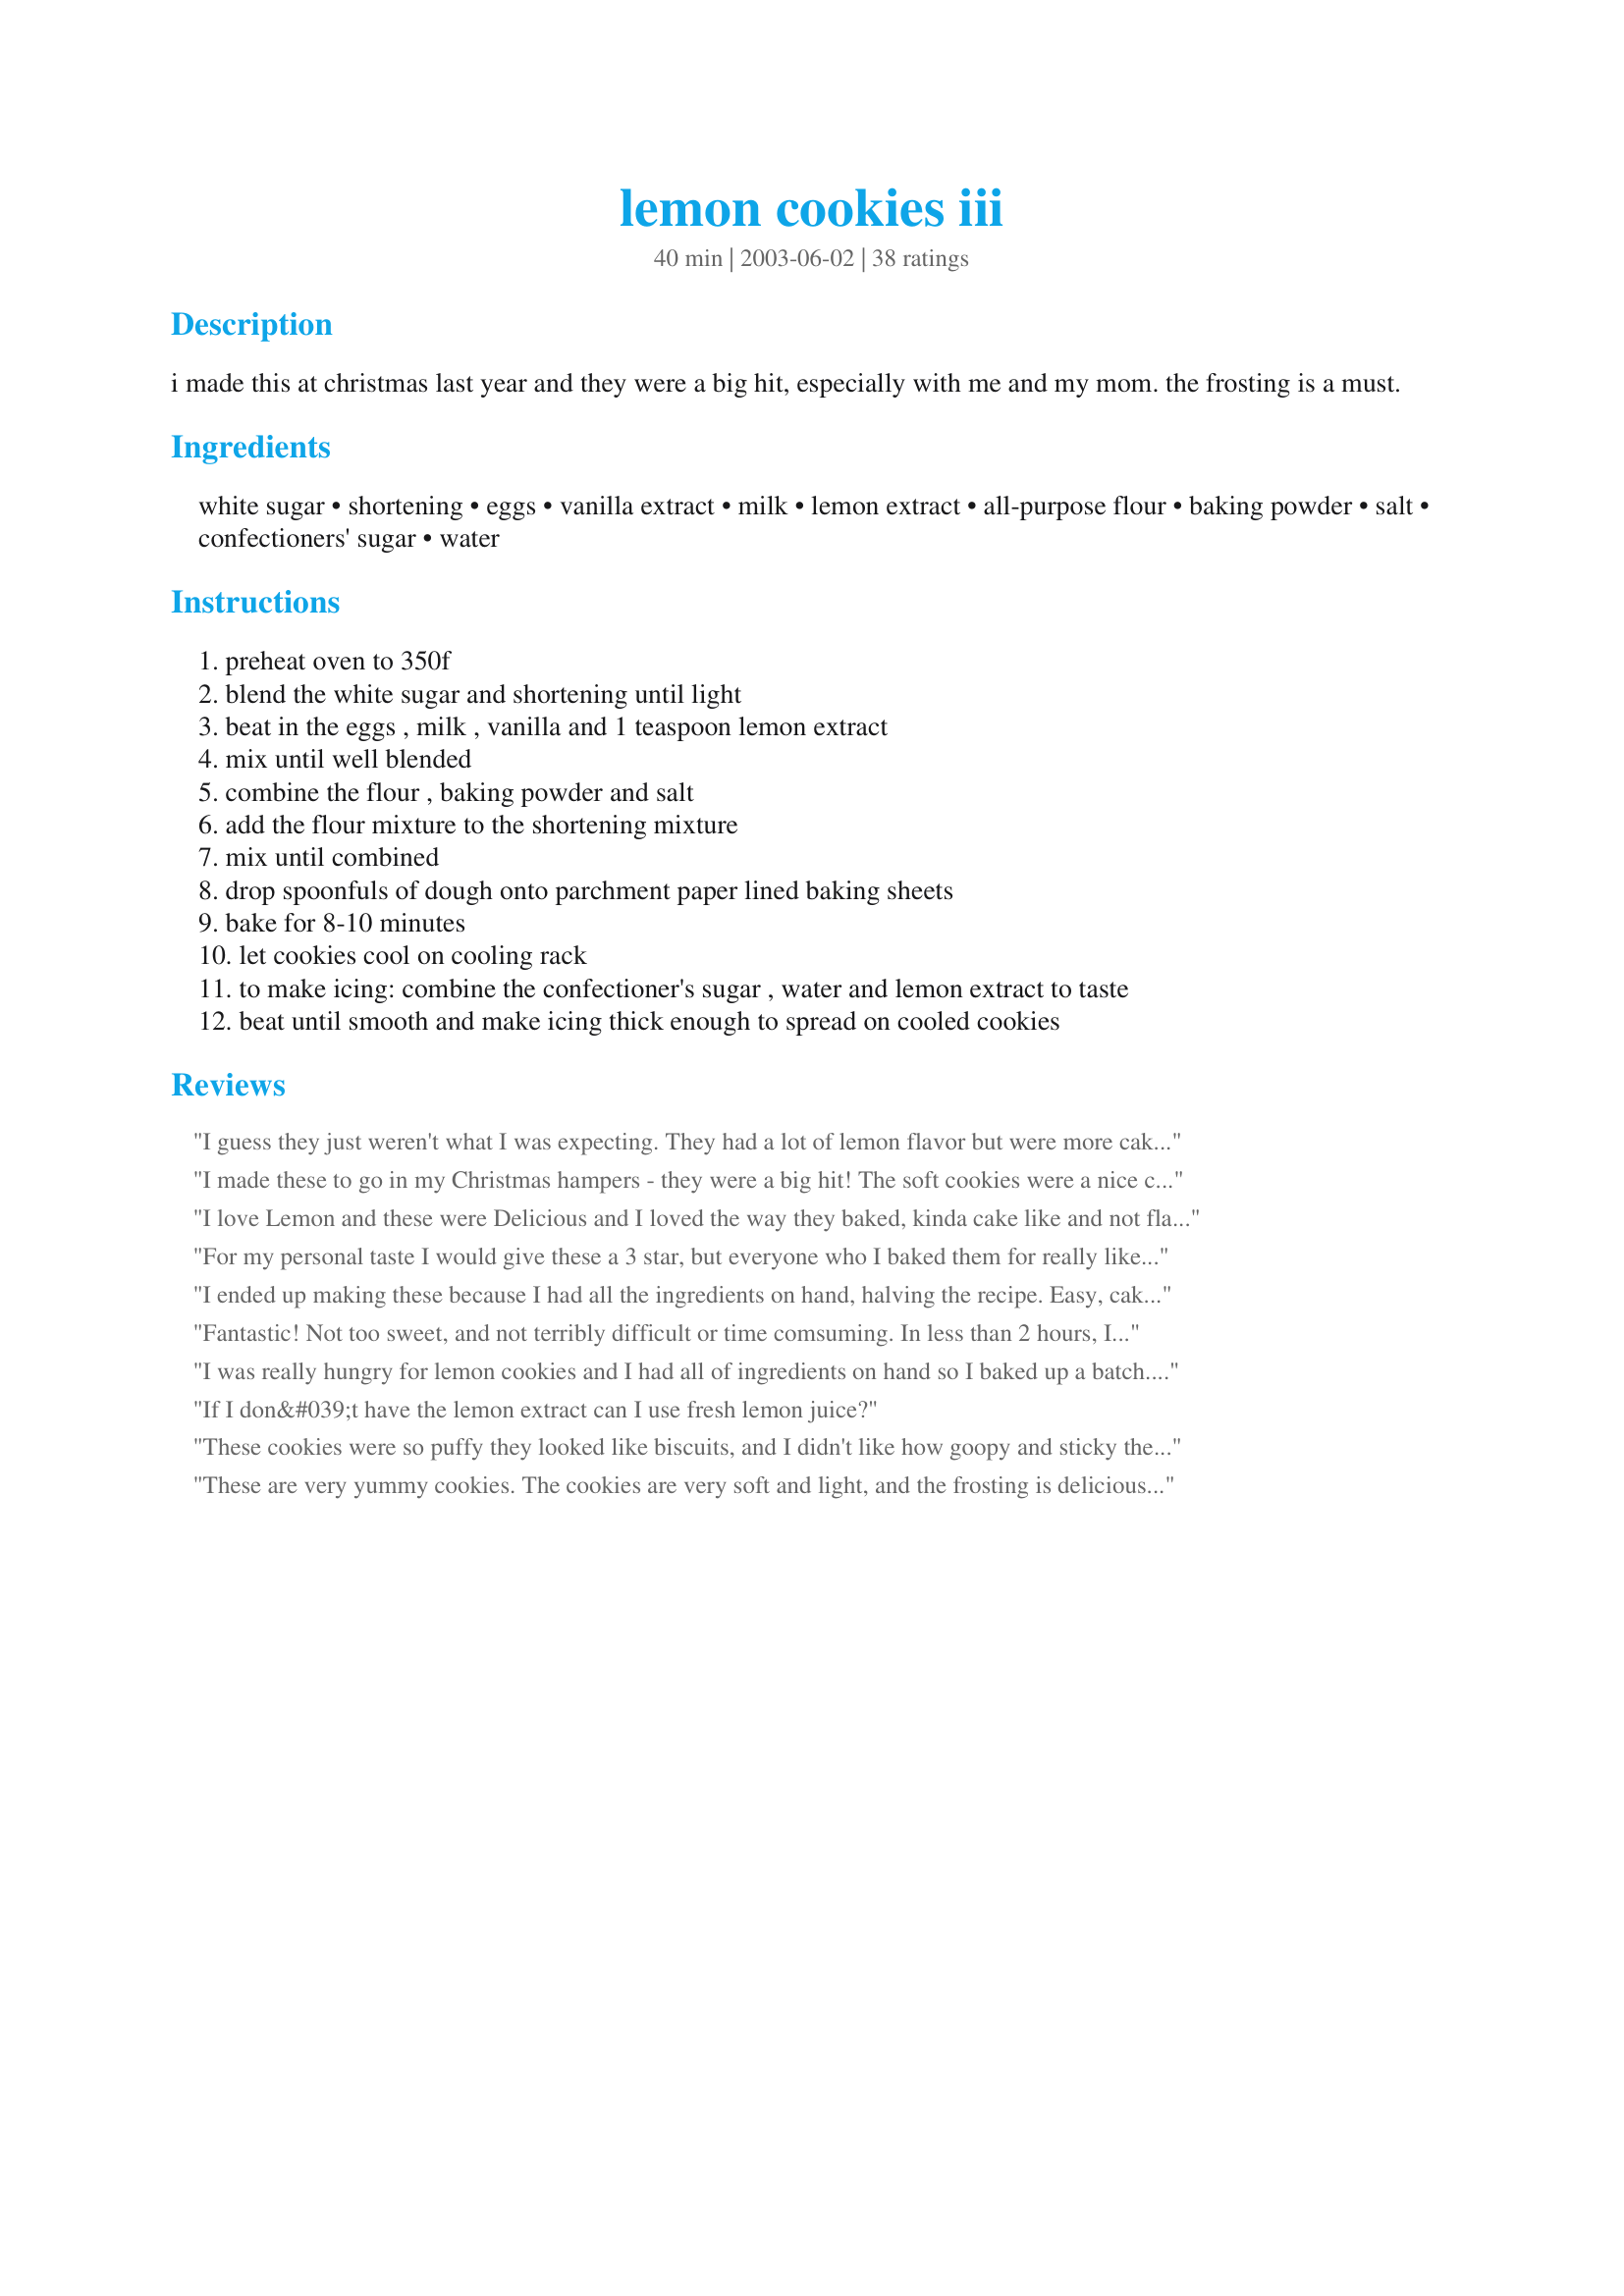
lemon cookies iii
Preparation time: 40 minutes

i made this at christmas last year and they were a big hit, especially with me and my mom. the frosting is a must.

Ingredients:
white sugar, shortening, eggs, vanilla extract, milk, lemon extract, all-purpose flour, baking powder, salt, confectioners' sugar, water

Steps:
preheat oven to 350f
blend the white sugar and shortening until light
beat in the eggs , milk , vanilla and 1 teaspoon lemon extract
mix until well blended
combine the flour , baking powder and salt
add the flour mixture to the shortening mixture
mix until combined
drop spoonfuls of dough onto parchment paper lined baking sheets
bake for 8-10 minutes
let cookies cool on cooling rack
to make icing: combine the confectioner's sugar , water and lemon extract to taste
beat until smooth and make icing thick enough to spread on cooled cookies

Reviews:
I guess they just weren't what I was expecting. They had a lot of lemon flavor but were more cake texture than I would like.
I made these to go in my Christmas hampers - they were a big hit! The soft cookies were a nice change (we usually have crunchy ones) and the icing was delicous, they had just the right about of lemon. They were easy to make and makes lots!
I love Lemon and these were Delicious and I loved the way they baked, kinda cake like and not flat! This recipe is going in my Holiday cookbook. Thanks!
For my personal taste I would give these a 3 star, but everyone who I baked them for really liked them. These were really light and cakey, and I used a slight variating of the frosting posted here (a bit more lemon and whipping cream in leu of water)
Thanks!
I ended up making these because I had all the ingredients on hand, halving the recipe. Easy, cakey, and very lemony! Good even with no frosting!
Fantastic! Not too sweet, and not terribly difficult or time comsuming. In less than 2 hours, I had 2 delicious batches. Cookies are good with or without the glaze. It just adds a little bit of extra flavor. You could very easily use any flavor extract and even put a little food coloring in the glaze to make them festive. Next batch we're going to try almond flavor! Rather than spread the glaze, I made it a little thinner and dipped the cookies. Thanks for sharing Kim! This one is already a star in my dessert file!
I was really hungry for lemon cookies and I had all of ingredients on hand so I baked up a batch. I loved them both without the glaze and with it. I'll admit these were off the hook with the glaze. The family ate these very quickly. I'll be making this again!

Oh and the glaze was super easy to get on the cookies. I just got a glob on the back of a spoon and dribbled away!
If I don&#039;t have the lemon extract can I use fresh lemon juice?
These cookies were so puffy they looked like biscuits, and I didn't like how goopy and sticky the dough was either. I frosted them and added colored sprinkles, but I still didn't like how they looked. They were very lemony, and the frosting is a must. These didn't go over very well in our family, unfortunately.
These are very yummy cookies. The cookies are very soft and light, and the frosting is delicious! Thanks for the great recipe.
Outstanding! I halved the recipe and made a little over 2 dozen. I opted not to frost the cookies (it was a little too overwhelming for our tastes), so I added a bit of milk 'til the icing was thinned out enough to drizzle. Next time, I will reduce the amount of frosting by at least half so there isn't as much leftover... although, it is yummy to lick the bowl clean, LOL! :)
Delicious!
These cookies were nice and light! So simple to make, too! No powdered sugar, so I didn't make the icing, but we ate them up just fine, anyway! Thanks for sharing. :)
I'm not sure where I went wrong but my cookies while tasty do not look like the photo. They cooked flat, not in a mound like the photo. I made a double batch in about three hours.
These make the best cookies. I didn't have the lemon extract, so instead I used orange extract. They were really great. I now bought some lemon extract & I am going to whip up another batch. Really easy to make & they remind me of the Italian Cookies my old boss used to bring me on my birthday. Thanks for sharing.
OMGGGGGG, i thought i rated these! They are so wonderful, i made a batch and drizzled glaze on top..They were perfect not too sweet, i am just about to make another batch now ,lol
They will be part of my xmas tray, you must try them...
Thank You for posting Kim!!!!!!
These cookies have a soft velvety texture, a very delicate lemon-cake taste, and are just wonderful for those days when you want something sweet, but not too sweet!
These cookies are delicious! I didn't have any parchment paper, so I baked them on greased cookie sheets, and they still turned out moist and puffy! They were great even without the frosting, although I agree that it's a must, because with it they were spectacular! I think this will become a new family favorite!
I was never a big fan of the lemon cookie ... that is until I tried these. They are absolutely fabulous! And the frosting is to die for!!! Will make these over and over again!
What a great lemony addition to my Christmas Cookie Tray! I love these light little cookies with the big lemon taste. I agree with the previous reviewers that the frosting is a must! If you are a lemon-lover, you will definitely love these little gems. Thanks, Kim!
Can these be frozen for a week or two (with or without glaze)?
Made for a classroom of children and they loved them. What was very unusual they asked for recipe to take home to mum. 
The icing is a real must , it gives a tangy flavour.
Just finished baking these followed recipe exactly and mine came out flat. Great flavor and love the icing. I am at a higher altitude(over 5000 ft) so I will definately make them again and try adding a bit more flour. I will update when I do. I will give 4* because they taste great but they are not very pretty.
Oh my gosh. I just took a batch out of the oven and couldn't resist. The smell is yummy. Tasty and light. Delish I hope I have some left to ice.
These cookies are very good. The lemon is not overpowering. The cookie itself is not too sweet; the icing makes a great balance. I added fresh blueberries to my spoonfuls on the parchment paper and it tasted delicious! This is a wonderful light, fluffy cookie. I will make these again. TY!
I was concerned at first because I thought the dough was a little runny but the cookies turned out perfect. They had a very soft cake-like texture and tasted great. These will definately be on my cookie list every x-mas. Thanks for sharing your great recipe with us!
This cookies were absolutely delicious and a favorite on my Christmas cookie tray! They were easy to make and I did not have to adjust the recipe.
These cookies are fantastic.I just made them.I also made the icing but the cookies are still too warm to put the icing on.They were so good I had to come in and give my review immediately.I used vanilla milk in my icing instead of the water,tastes very nice!I can't wait to put the two together.Thanks for giving me another Christmas cookie recipe!
Pretty good. The shortening makes them super tender. However, I increased my baking time to 17 minutes because they weren't done in the center. Also, for the frosting I added straight lemon juice without water because I like a strong lemon flavor.
These were very simple and easy to make, plus they have a beautiful color & nice round puffy look. I added a little corn syrup to the frosting to make it harder & less messy for little hands. They were a little too puffy & dry for our tastes. Thanks very much!
These cookies were very easy to make.They are light and lemony.My family loved them, I'll be adding this recipe to my recipe book for sure.
The only thing i change was the amount of lemon extract in the frosting. I used 1 teasp. instead.
These cookies were delicious! They were light and fluffy and the lemon flavor was not overwhelming. I used skim milk and egg beaters. Also, I drizzled the icing over the cookies in a pretty criss cross pattern. They turned out great! Wonderul recipe, I'll definately make them again!
These are really good! I used egg whites and only 1 c. sugar and also added 1/2 c. dried cranberries, and they turned out great on a greased cookie sheet.
These were so good! I agree that the frosting is a "must," although I'm not usually an icing person. Just as a hint to anyone- the cookies don't necessarily look done, but they are! Don't let the fact that they don't brown up very much fool you!
I made 12 dozen of these yesterday!!! (10 dozen were for a Christmas cookie exchange). I tripled the recipe, and let my 5 quart Kitchenaid mixer do the hard work. (It was filled to capacity, but thankfully, it didn't overflow!) The only thing I changed was to decrease the lemon extract in the frosting, and used 1 teaspoon instead of 1-1/2 teaspoons. The cookies were wonderfully lemony, with a soft texture. Mmmmmm, delicious! Thanks, Kim127!
these were easy to make, looked great and tasted tangy!!
These were really good! I made them as directed, and everyone loved them!
These have such a light lemony flavor and are soft, like cake cookies. Very nice. I added a little meringue powder to my frosting so it would harden just a little bit as these are for a cookie exchange. I also added a couple of drops of yellow food coloring to make it more yellow. It doesn't show well in the photo, but it is a very soft yellow. My batch made almost 5 dozen cookies.
